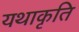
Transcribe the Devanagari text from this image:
यथाकृति